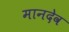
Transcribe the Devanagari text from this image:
मानदेव